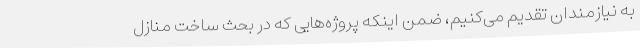
به نیازمندان تقدیم می‌کنیم، ضمن اینکه پروژه‌هایی که در بحث ساخت منازل